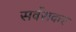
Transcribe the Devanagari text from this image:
सर्वराकर